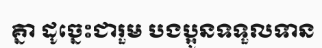
គ្នា ដូច្នេះជារួម បងប្អូនទទួលទាន